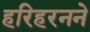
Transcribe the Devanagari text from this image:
हरिहरनने